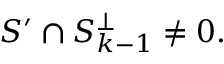
S ^ { \prime } \cap S _ { k - 1 } ^ { \perp } \neq { 0 } .